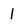
Character: 1